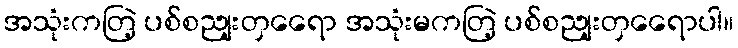
အသုံးကတြဲ့ ပစ်စညျးတှရေော အသုံးမကတြဲ့ ပစ်စညျးတှရေောပါ။